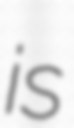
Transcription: is